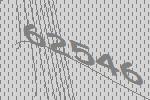
62546